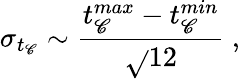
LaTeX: \sigma_{t_{\mathscr{C}}}\sim\frac{{t_{\mathscr{C}}^{max}-t_{\mathscr{C}}^{min}}}{{\sqrt{}{{12}}}}~,